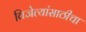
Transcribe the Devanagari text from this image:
विजेत्यांसाठीचा